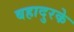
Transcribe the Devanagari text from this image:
बहादुरके